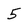
Character: 5